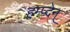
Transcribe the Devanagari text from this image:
हम्प्देन्